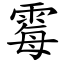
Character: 霉